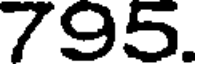
795.